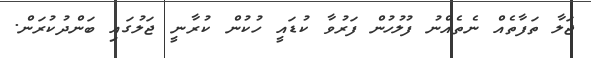
ޖަލާ ތަފާތެއް ނެތެއްނު ފުލުހުން ފަރުވާ ކުޑައީ ހުކުން ކުރާނީ ޖަލުގައި ބަންދުކުރަން.